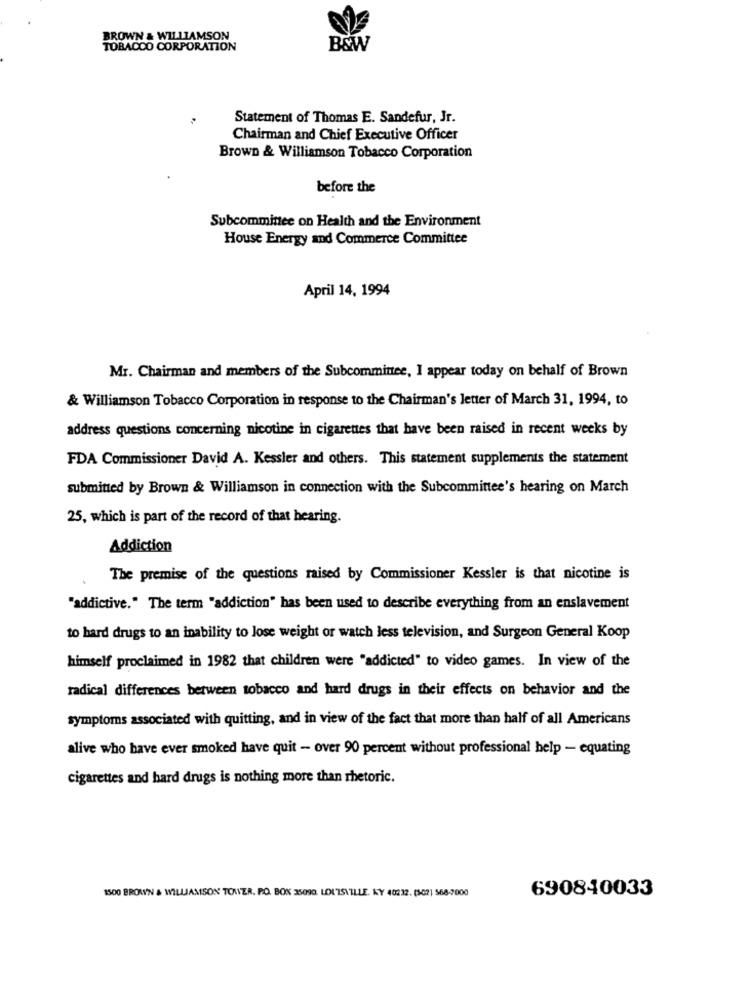
BROWN & WILLIAMSON
TOBACCO CORPORATION
B&W
Statement of Thomas E. Sandefur, Jr.
Chairman and Chief Executive Officer
Brown & Williamson Tobacco Corporation
before the
Subcommittee on Health and the Environment
House Energy and Commerce Committee
April 14, 1994
Mr. Chairman and members of the Subcommittee, I appear today on behalf of Brown
& Williamson Tobacco Corporation in response to the Chairman's letter of March 31, 1994, to
address questions concerning nicotine in cigarettes that have been raised in recent weeks by
FDA Commissioner David A. Kessler and others. This statement supplements the statement
submitted by Brown & Williamson in connection with the Subcommittee's hearing on March
25, which is part of the record of that hearing.
Addiction
The premise of the questions raised by Commissioner Kessler is that nicotine is
"addictive." The term "addiction" has been used to describe everything from an enslavement
to hard drugs to an inability to lose weight or watch less television, and Surgeon General Koop
himself proclaimed in 1982 that children were "addicted" to video games. In view of the
radical differences between tobacco and hard drugs in their effects on behavior and the
symptoms associated with quitting, and in view of the fact that more than half of all Americans
alive who have ever smoked have quit - over 90 percent without professional help - equating
cigarettes and hard drugs is nothing more than rhetoric.
1500 BROWN & WILLIAMSON TOAVER. PO. BOX 35090. LOUISVILLE. KY 40232. (502) 568-7000
690840033